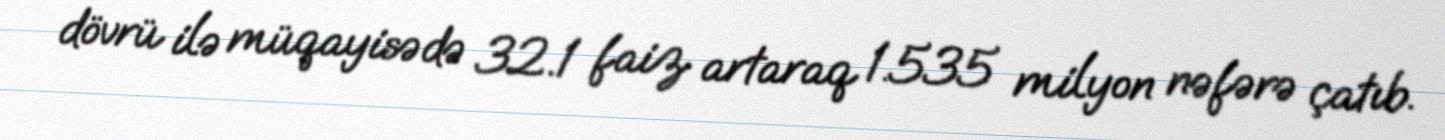
dövrü ilə müqayisədə 32.1 faiz artaraq 1.535 milyon nəfərə çatıb.